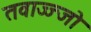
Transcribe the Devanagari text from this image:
तवाज्ज्जो